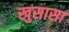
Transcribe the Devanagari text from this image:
खुसासा